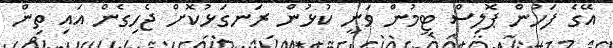
އޭގެ ފަހުން ޕޮލިސް ޓީމުން ވަނީ ކުޅުން ރަނގަޅުކޮށް ޖެހިގެން އައި ތިން